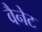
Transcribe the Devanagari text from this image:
वैनेट